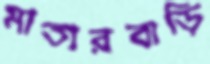
মাতারবাড়ি